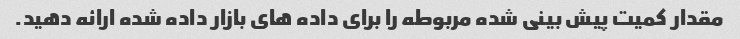
مقدار کمیت پیش بینی شده مربوطه را برای داده های بازار داده شده ارائه دهید.